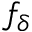
f _ { \delta }